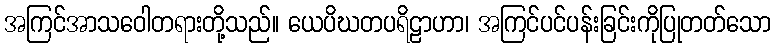
အကြင်အာသဝေါတရားတို့သည်။ ယေပိဃတပရိဠာဟာ၊ အကြင်ပင်ပန်းခြင်းကိုပြုတတ်သော